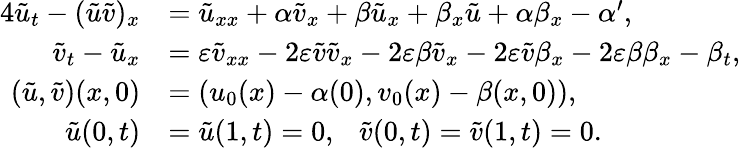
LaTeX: \begin{array}{rl}{{4}\tilde{u}_{t}-(\tilde{u}\tilde{v})_{x}}&{=\tilde{u}_{xx}+\alpha\tilde{v}_{x}+\beta\tilde{u}_{x}+\beta_{x}\tilde{u}+\alpha\beta_{x}-\alpha^{\prime},}\\ {\tilde{v}_{t}-\tilde{u}_{x}}&{=\varepsilon\tilde{v}_{xx}-2\varepsilon\tilde{v}\tilde{v}_{x}-2\varepsilon\beta\tilde{v}_{x}-2\varepsilon\tilde{v}\beta_{x}-2\varepsilon\beta\beta_{x}-\beta_{t},}\\ {(\tilde{u},\tilde{v})(x,0)}&{=(u_{0}(x)-\alpha(0),v_{0}(x)-\beta(x,0)),}\\ {\tilde{u}(0,t)}&{=\tilde{u}(1,t)=0,\ \ \ \tilde{v}(0,t)=\tilde{v}(1,t)=0.}\end{array}